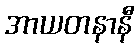
အာယတနာနီ